Civil Veterinary Dept. Bombay admin report 1932-41 - 1932-1941
Year: 1932
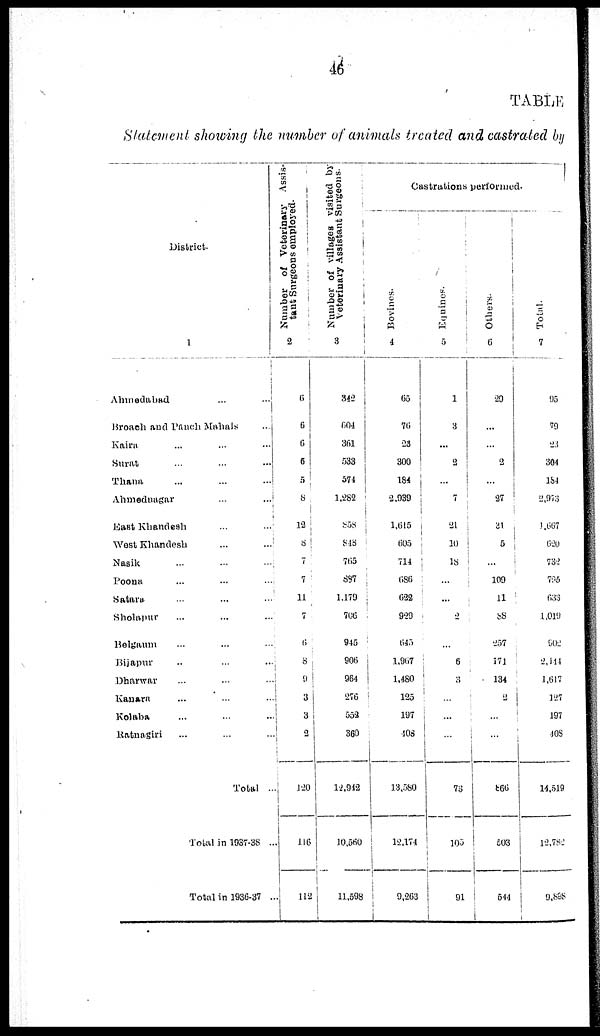
46
TABLE
Statement showing the number of animals treated and castrated by
District.
1
Ahmedabad
...
...
Broach and Panch Mahals ...
Kaira ... ... ...
Surat ... ... ...
Thana ... ... ...
Ahmednagar
...
...
East Khandesh
...
...
West Khandesh
...
...
Nasik ... ... ...
Poona ... ... ...
Satara ... ... ...
Sholapur ... ... ...
Belgaum ... ... ...
Bijapur
..
...
...
Dharwar
...
...
...
Kauara
...
...
...
Kolaba
...
...
...
Ratnagiri ... ... ...
Total ...
Total in 1037-38 ...
Total in 1936-37 ...
Number of Veterinary Assis-
taut Surgeons
employed.
2
6
6
6
6
5
8
12
8
7
7
11
7
6
8
9
3
3
2
120
116
112
Number of villages visited by
Veterinary Assistant Surgeons.
3
342
604
361
533
571
1,282
858
848
765
887
1,179
766
945
906
964
276
553
360
12,942
10,560
11,598
Castrations performed.
Bovines.
4
65
76
23
300
184
2,939
1,615
605
714
686
622
929
645
1,967
1,480
125
197
408
13,580
12,174
9,263
Equines.
5
1
3
...
...
...
7
21
10
18
...
...
2
...
6
3
...
...
...
73
105
91
Ot her s .
6
29
...
...
2
...
27
31
5
...
109
11
88
257
171
134
2
...
...
866
503
544
Total.
7
95
79
23
304
184
2,973
1,667
620
732
705
633
1,019
902
2,111
1,617
127
197
408
14,519
12,782
9,898